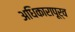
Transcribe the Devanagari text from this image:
अधिकारापूर्व